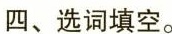
四、选词填空.。